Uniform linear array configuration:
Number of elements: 48
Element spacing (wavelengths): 0.75
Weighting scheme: hann
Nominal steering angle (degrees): -45
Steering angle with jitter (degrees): -43.58
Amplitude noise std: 0.05
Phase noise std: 0.05

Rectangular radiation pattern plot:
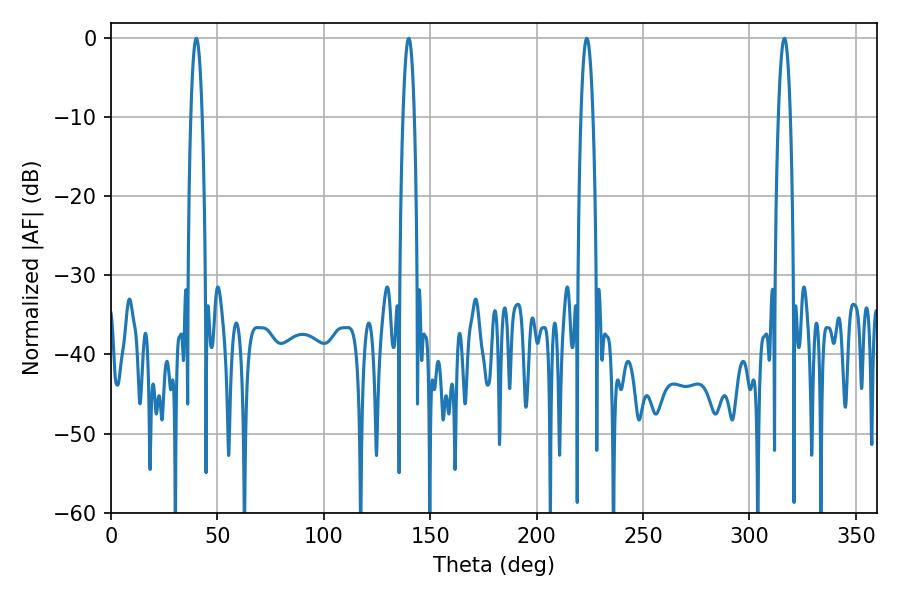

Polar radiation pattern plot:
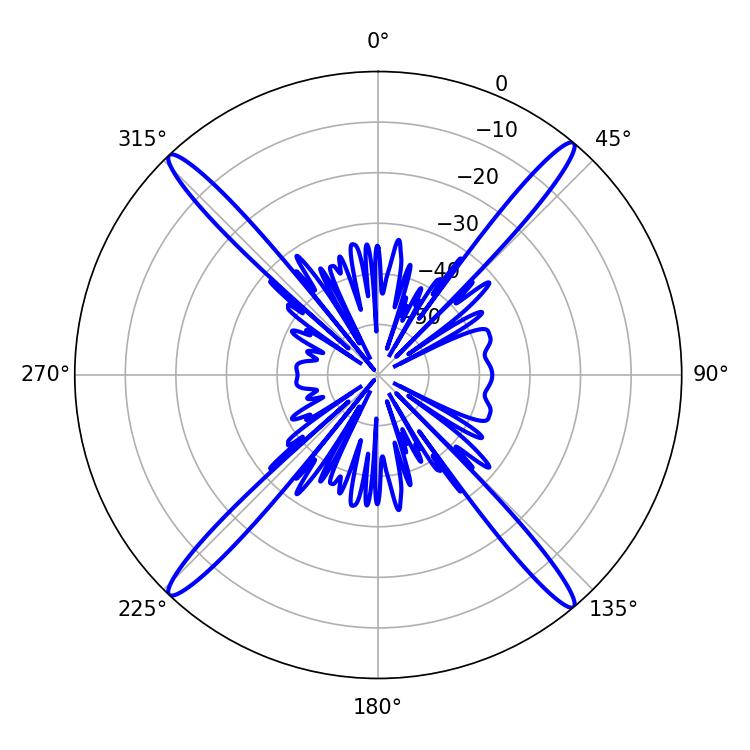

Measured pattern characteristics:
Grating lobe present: TRUE
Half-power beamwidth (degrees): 3.06
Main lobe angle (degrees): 223.56